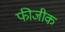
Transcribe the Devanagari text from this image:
फीजीक